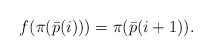
\begin{align*}f(\pi(\bar p(i)))=\pi(\bar p(i+1)).\end{align*}